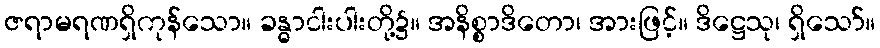
ဇရာမရဏရှိကုန်သော။ ခန္ဓာငါးပါးတို့၌။ အနိစ္စာဒိတော၊ အားဖြင့်။ ဒိဋ္ဌေသု၊ ရှိသော်။